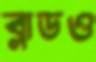
ব্লাডও